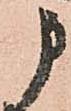
申